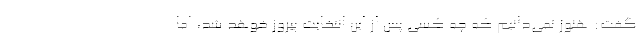
گفت: هنوز نمی‌دانیم که چه کسی پس از این انتخابت پیروز خوهد شد، اما